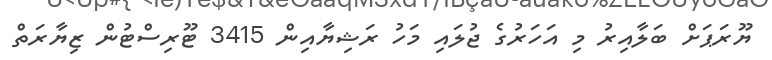
ޔޫރަޕަށް ބަލާއިރު މި އަހަރުގެ ޖުލައި މަހު ރަޝިޔާއިން 3415 ޓޫރިސްޓުން ޒިޔާރަތް